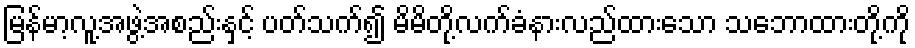
မြန်မာ့လူ့အဖွဲ့အစည်းနှင့် ပတ်သက်၍ မိမိတို့လက်ခံနားလည်ထားသော သဘောထားတို့ကို